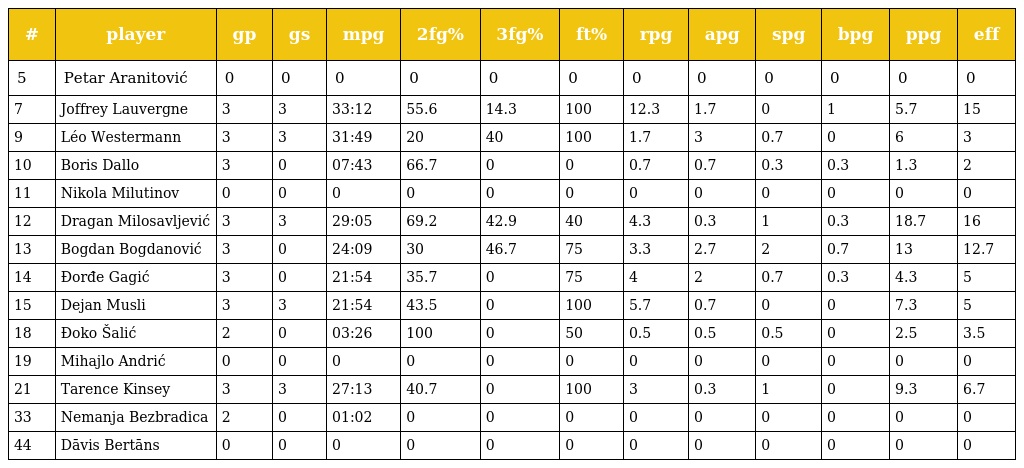
| # | player | gp | gs | mpg | 2fg% | 3fg% | ft% | rpg | apg | spg | bpg | ppg | eff |
 | --- | --- | --- | --- | --- | --- | --- | --- | --- | --- | --- | --- | --- | --- |
 | 5 | Petar Aranitović | 0 | 0 | 0 | 0 | 0 | 0 | 0 | 0 | 0 | 0 | 0 | 0 |
 | 7 | Joffrey Lauvergne | 3 | 3 | 33:12 | 55.6 | 14.3 | 100 | 12.3 | 1.7 | 0 | 1 | 5.7 | 15 |
 | 9 | Léo Westermann | 3 | 3 | 31:49 | 20 | 40 | 100 | 1.7 | 3 | 0.7 | 0 | 6 | 3 |
 | 10 | Boris Dallo | 3 | 0 | 07:43 | 66.7 | 0 | 0 | 0.7 | 0.7 | 0.3 | 0.3 | 1.3 | 2 |
 | 11 | Nikola Milutinov | 0 | 0 | 0 | 0 | 0 | 0 | 0 | 0 | 0 | 0 | 0 | 0 |
 | 12 | Dragan Milosavljević | 3 | 3 | 29:05 | 69.2 | 42.9 | 40 | 4.3 | 0.3 | 1 | 0.3 | 18.7 | 16 |
 | 13 | Bogdan Bogdanović | 3 | 0 | 24:09 | 30 | 46.7 | 75 | 3.3 | 2.7 | 2 | 0.7 | 13 | 12.7 |
 | 14 | Đorđe Gagić | 3 | 0 | 21:54 | 35.7 | 0 | 75 | 4 | 2 | 0.7 | 0.3 | 4.3 | 5 |
 | 15 | Dejan Musli | 3 | 3 | 21:54 | 43.5 | 0 | 100 | 5.7 | 0.7 | 0 | 0 | 7.3 | 5 |
 | 18 | Đoko Šalić | 2 | 0 | 03:26 | 100 | 0 | 50 | 0.5 | 0.5 | 0.5 | 0 | 2.5 | 3.5 |
 | 19 | Mihajlo Andrić | 0 | 0 | 0 | 0 | 0 | 0 | 0 | 0 | 0 | 0 | 0 | 0 |
 | 21 | Tarence Kinsey | 3 | 3 | 27:13 | 40.7 | 0 | 100 | 3 | 0.3 | 1 | 0 | 9.3 | 6.7 |
 | 33 | Nemanja Bezbradica | 2 | 0 | 01:02 | 0 | 0 | 0 | 0 | 0 | 0 | 0 | 0 | 0 |
 | 44 | Dāvis Bertāns | 0 | 0 | 0 | 0 | 0 | 0 | 0 | 0 | 0 | 0 | 0 | 0 |